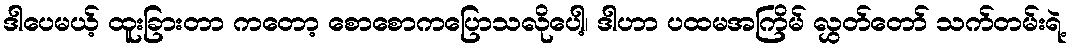
ဒါပေမယ့် ထူးခြားတာ ကတော့ စောစောကပြောသလိုပေါ့၊ ဒါဟာ ပထမအကြိမ် လွှတ်တော် သက်တမ်းရဲ့